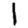
Digit: 1